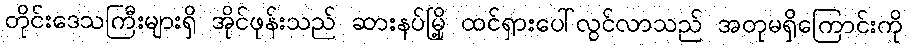
တိုင်းဒေသကြီးများရှိ အိုင်ဖုန်းသည် ဆားနပ်မြို့ ထင်ရှားပေါ်လွင်လာသည် အတုမရှိကြောင်းကို